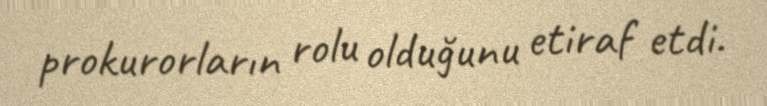
prokurorların rolu olduğunu etiraf etdi.